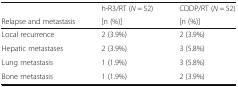
<table><thead><tr><td></td><td><b>h-R3/RT (<i>N</i> = 52)</b></td><td><b>CDDP/RT (<i>N</i> = 52)</b></td></tr><tr><td><b>Relapse and metastasis</b></td><td><b>[n (%)]</b></td><td><b>[n (%)]</b></td></tr></thead><tbody><tr><td>Local recurrence</td><td>2 (3.9%)</td><td>2 (3.9%)</td></tr><tr><td>Hepatic metastases</td><td>2 (3.9%)</td><td>3 (5.8%)</td></tr><tr><td>Lung metastasis</td><td>1 (1.9%)</td><td>3 (5.8%)</td></tr><tr><td>Bone metastasis</td><td>1 (1.9%)</td><td>2 (3.9%)</td></tr></tbody></table>